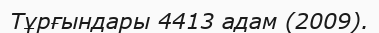
Тұрғындары 4413 адам (2009).